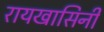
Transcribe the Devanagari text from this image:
रायखासिनी